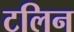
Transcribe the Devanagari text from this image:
टलिन